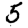
Digit: 5